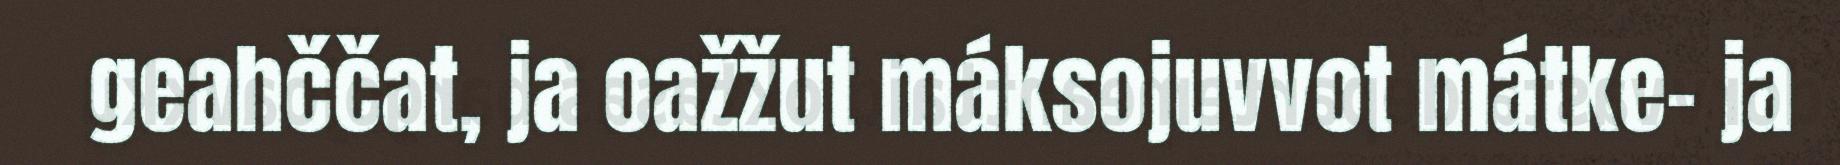
geahččat, ja oažžut máksojuvvot mátke- ja